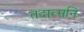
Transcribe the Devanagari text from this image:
तदात्मनि